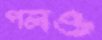
পলও